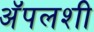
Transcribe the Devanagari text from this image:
अॅपलशी